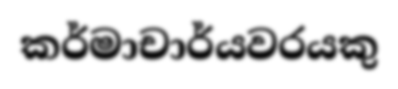
කර්මාචාර්යවරයකු